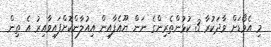
މި އެވޯޑަށް ވާދަކުރާ 3 ކުޅުންތެރިންގެ ނަން ޔޫއެފާއިން އިއުލާންކޮށްފައިވާއިރު އެ ތިން